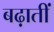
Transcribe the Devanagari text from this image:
बढ़ातीं